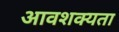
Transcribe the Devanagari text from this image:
आवशक्यता